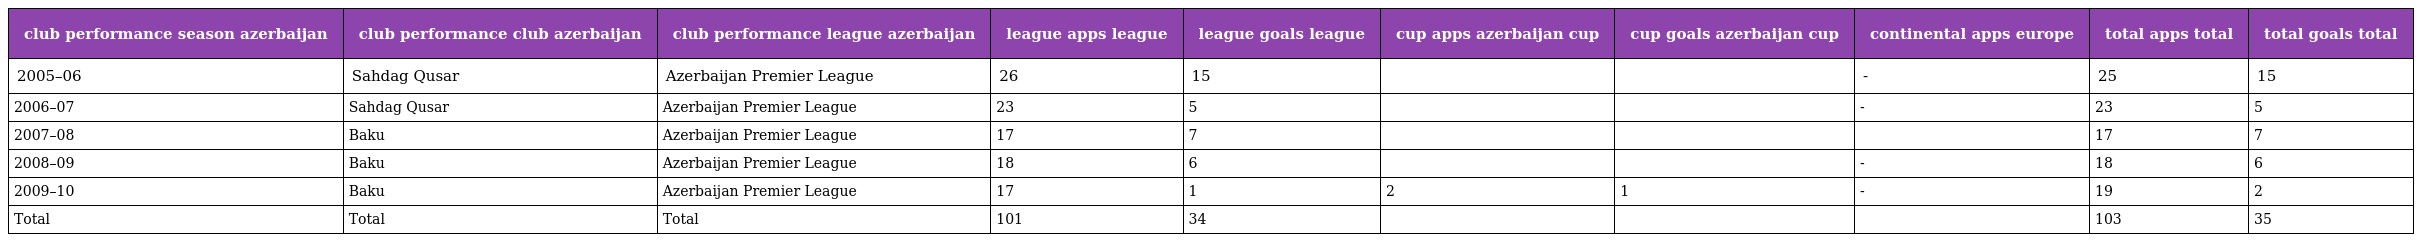
| club performance season azerbaijan | club performance club azerbaijan | club performance league azerbaijan | league apps league | league goals league | cup apps azerbaijan cup | cup goals azerbaijan cup | continental apps europe | total apps total | total goals total |
 | --- | --- | --- | --- | --- | --- | --- | --- | --- | --- |
 | 2005–06 | Sahdag Qusar | Azerbaijan Premier League | 26 | 15 |  |  | - | 25 | 15 |
 | 2006–07 | Sahdag Qusar | Azerbaijan Premier League | 23 | 5 |  |  | - | 23 | 5 |
 | 2007–08 | Baku | Azerbaijan Premier League | 17 | 7 |  |  |  | 17 | 7 |
 | 2008–09 | Baku | Azerbaijan Premier League | 18 | 6 |  |  | - | 18 | 6 |
 | 2009–10 | Baku | Azerbaijan Premier League | 17 | 1 | 2 | 1 | - | 19 | 2 |
 | Total | Total | Total | 101 | 34 |  |  |  | 103 | 35 |